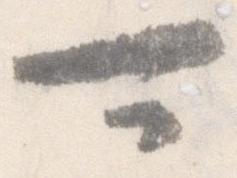
可